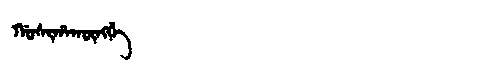
Manchu: ᡤᠣᠰᡳᡥᠠᡴᡡᠩᡤᡝ
Romanization: GOSIHAKŪNGGE